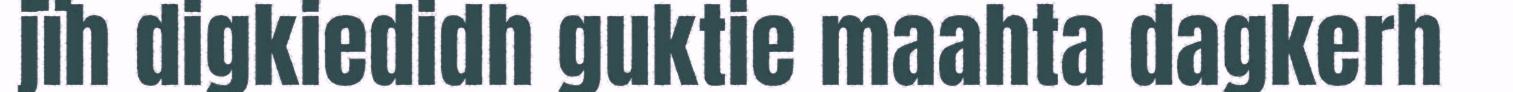
jïh digkiedidh guktie maahta dagkerh